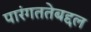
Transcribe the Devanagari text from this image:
पारंगततेबद्दल